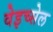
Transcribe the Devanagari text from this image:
वेइच्सेल